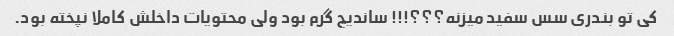
کی تو بندری سس سفید میزنه؟؟؟!!! ساندیچ گرم بود ولی محتویات داخلش کاملا نپخته بود.